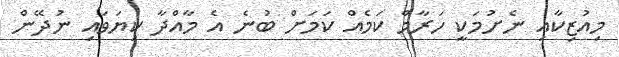
މިއުޒިކާއި ނެށުމަކީ ހަރާމް ކަމެއް ކަމަށް ބުނެ އެ މާއްދާ ކިޔަވައި ނުދޭން